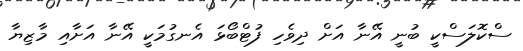
ސްކޮލަސްކީ ބުނީ އޭނާ އަށް ދިވެހި ފުޓްބޯޅަ އެނގުމަކީ އޭނާ އަށާއި މާޒިޔާ